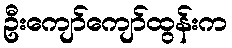
ဦးကျော်ကျော်ထွန်းက